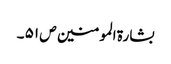
بشارۃ المومنین ص ۵۱ ۔